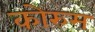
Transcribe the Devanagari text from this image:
कोरुम